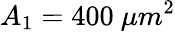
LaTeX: A_{1}=400~\mu m^{2}